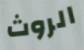
الروث